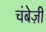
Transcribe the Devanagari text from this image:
चंबेज़ी